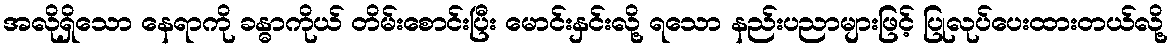
အလိုရှိသော နေရာကို ခန္ဓာကိုယ် တိမ်းစောင်းပြီး မောင်းနှင်းလို့ ရသော နည်းပညာများဖြင့် ပြုလုပ်ပေးထားတယ်လို့